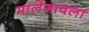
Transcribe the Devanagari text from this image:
मालेगावला